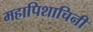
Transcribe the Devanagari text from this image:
महापिशाचिनी